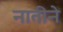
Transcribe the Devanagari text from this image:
नातीने